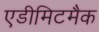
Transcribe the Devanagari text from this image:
एडीमिटमैक